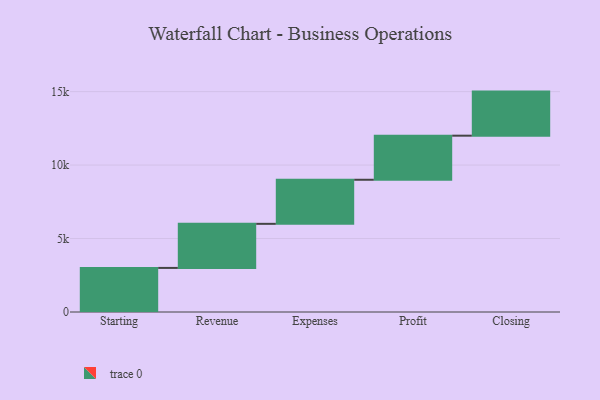
{"axis": {"x": "Step", "y": "Value"}, "legend": [""], "data": [{"x": "Starting", "y": 3000, "type": ""}, {"x": "Revenue", "y": 3000, "type": ""}, {"x": "Expenses", "y": 3000, "type": ""}, {"x": "Profit", "y": 3000, "type": ""}, {"x": "Closing", "y": 3000, "type": ""}]}